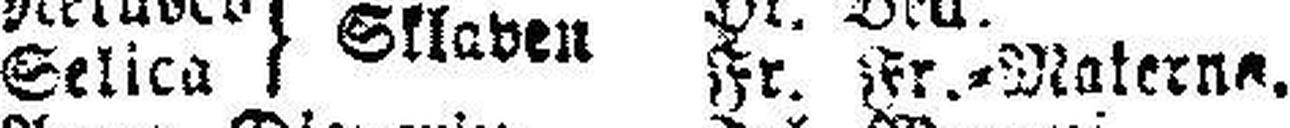
Seliea